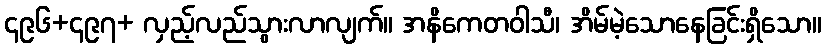
၄၉၆+၄၉၇+ လှည့်လည်သွားလာလျက်။ အနိကေတဝါသီ၊ အိမ်မဲ့သောနေခြင်းရှိသော။